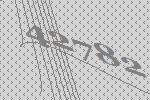
42782